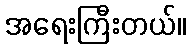
အရေးကြီးတယ်။